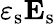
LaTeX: \varepsilon_{\mathrm{s}}\mathbf{E}_{\mathrm{s}}